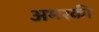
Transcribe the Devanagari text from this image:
अमरकी